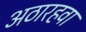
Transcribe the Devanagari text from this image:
अठारहवा